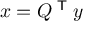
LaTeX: x = Q ^ { \textsf { T } } y